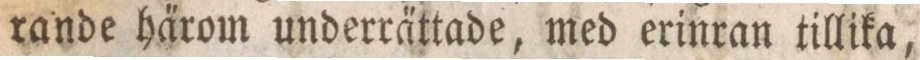
rande ha̋rom underra̋ttade, med erinran tillika,